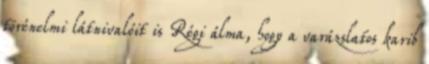
törénelmi látnivalóit is Régi álma, hogy a varázslatos karib